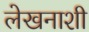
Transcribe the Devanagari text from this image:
लेखनाशी